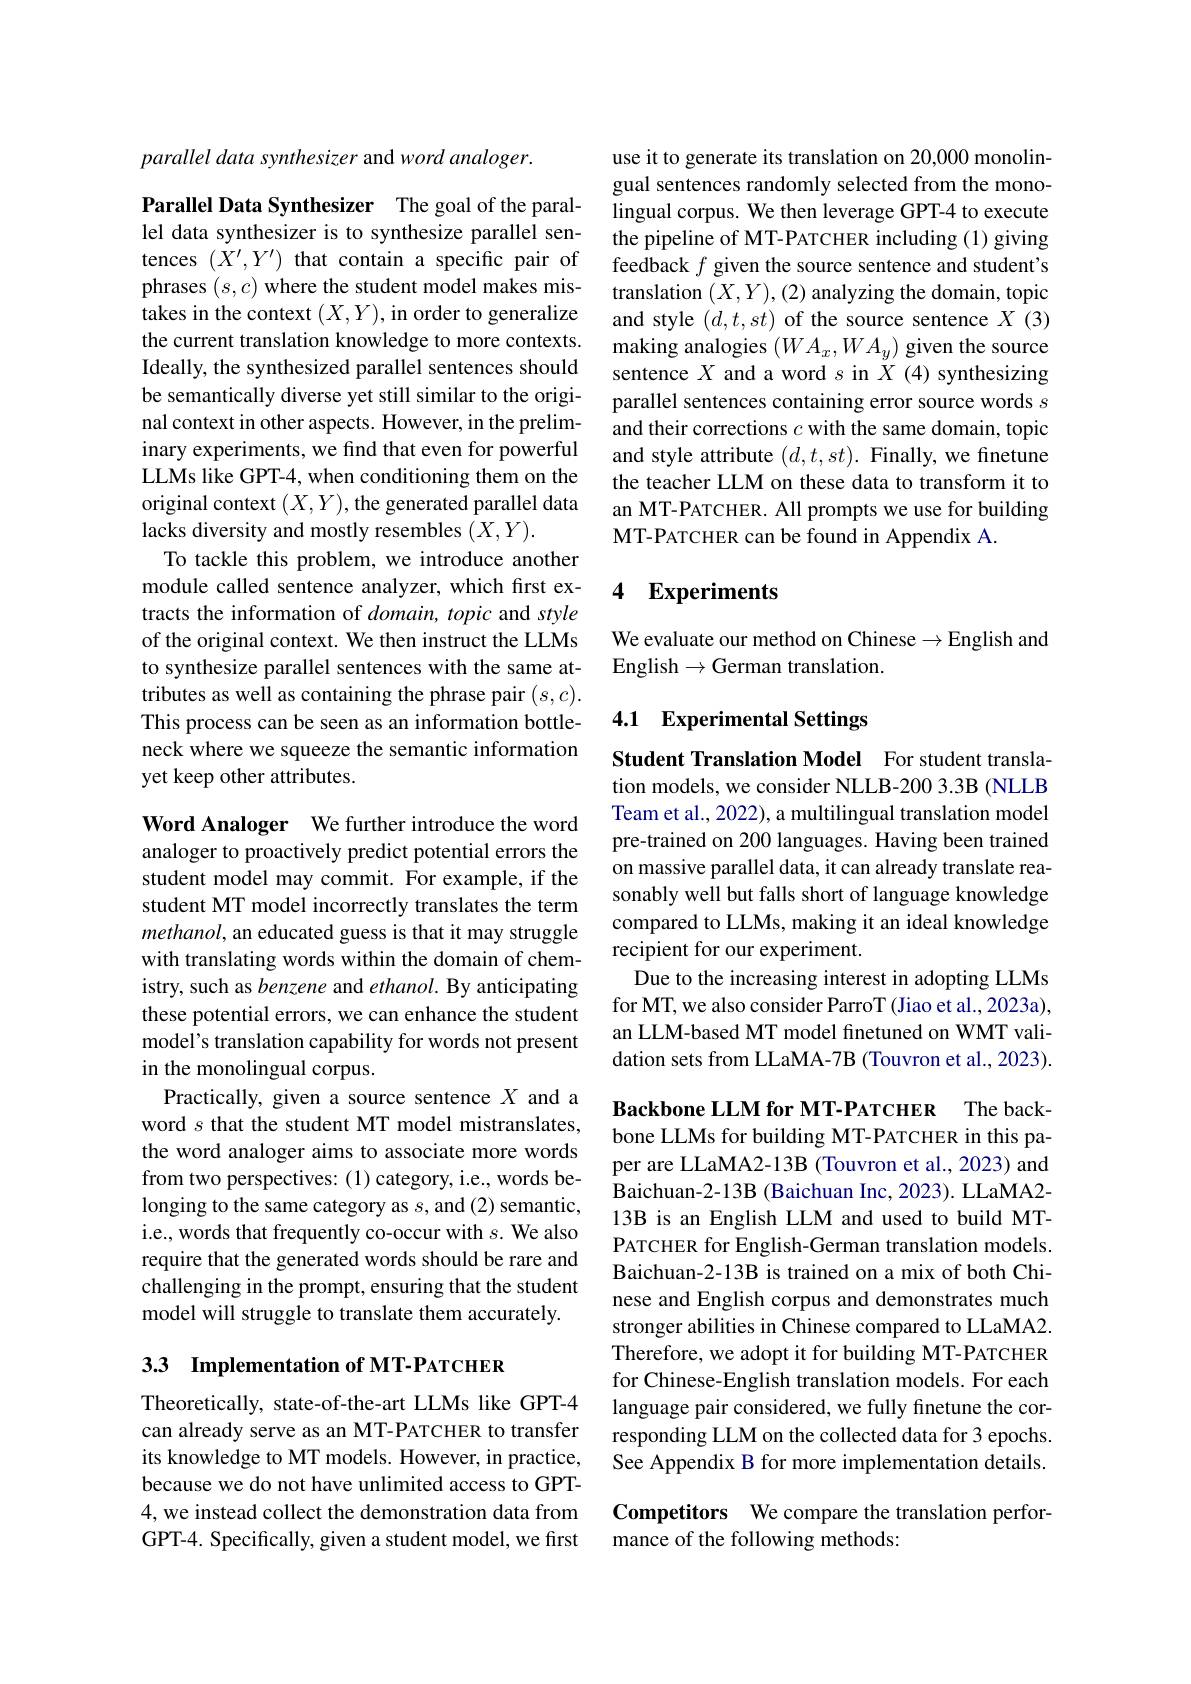
parallel data synthesizer and word analoger.

Parallel Data Synthesizer The goal of the parallel data synthesizer is to synthesize parallel sentences $(X^{\prime},Y^{\prime})$ that contain a specific pair of phrases $(s,c)$ where the student model makes mistakes in the context $(X,Y)$, in order to generalize the current translation knowledge to more contexts. Ideally, the synthesized parallel sentences should be semantically diverse yet still similar to the original context in other aspects. However, in the preliminary experiments, we find that even for powerful LLMs like GPT-4, when conditioning them on the original context $(X,Y)$,the generated parallel data lacks diversity and mostly resembles $(X,Y).$
To tackle this problem, we introduce another module called sentence analyzer, which first extracts the information of domain, topic and style of the original context. We then instruct the LLMs to synthesize parallel sentences with the same attributes as well as containing the phrase pair $(s,c).$ This process can be seen as an information bottleneck where we squeeze the semantic information yet keep other attributes.

Word Analoger We further introduce the word analoger to proactively predict potential errors the student model may commit. For example, if the student MT model incorrectly translates the term methanol, an educated guess is that it may struggle with translating words within the domain of chemistry, such as benzene and ethanol. By anticipating these potential errors, we can enhance the student model's translation capability for words not present in the monolingual corpus.
Practically, given a source sentence $X$ and a word $s$ that the student MT model mistranslates, the word analoger aims to associate more words from two perspectives: (1) category, i.e., words belonging to the same category as $s$,and (2) semantic, i.e., words that frequently co-occur with $s.$ We also require that the generated words should be rare and challenging in the prompt, ensuring that the student model will struggle to translate them accurately.

## 3.3 Implementation of MT-PATCHER

Theoretically, state-of-the-art LLMs like GPT-4 can already serve as an MT-PATCHER to transfer its knowledge to MT models. However, in practice, because we do not have unlimited access to GPT- 4, we instead collect the demonstration data from GPT-4. Specifically, given a student model, we first

use it to generate its translation on 20,000 monolingual sentences randomly selected from the monolingual corpus. We then leverage GPT-4 to execute the pipeline of MT-PATCHER including (1) giving feedback $f$ given the source sentence and student's translation $(X,Y),(2)$ analyzing the domain, topic and style $(d,t,st)$ of the source sentence $X$ (3) making analogies $(WA_x,WA_y)$ given the source sentence $X$ and a word $s$ in $X$ (4) synthesizing parallel sentences containing error source words $s$ and their corrections $c$ with the same domain, topic and style attribute $(d,t,st).$ Finally, we finetune the teacher LLM on these data to transform it to an MT-PATCHER. All prompts we use for building MT-PATCHER can be found in Appendix A.

## 4 Experiments

We evaluate our method on Chinese $\to$English and
English$\to$German translation.

## 4.1 Experimental Settings

Student Translation Model For student translation models, we consider NLLB-200 3.3B (NLLB Team et al., 2022), a multilingual translation model pre-trained on 200 languages. Having been trained on massive parallel data, it can already translate reasonably well but falls short of language knowledge compared to LLMs, making it an ideal knowledge recipient for our experiment.
Due to the increasing interest in adopting LLMs for MT, we also consider ParroT (Jiao et al., 2023a), an LLM-based MT model fnetuned on WMT validation sets from LLaMA-7B (Touvron et al., 2023).

Backbone LLM for MT-PATCHER The backbone LLMs for building MT-PATCHER in this paper are LLaMA2-13B (Touvron et al., 2023) and Baichuan-2-13B (Baichuan Inc, 2023). LLaMA2- 13B is an English LLM and used to build MTPATCHER for English-German translation models. Baichuan-2-13B is trained on a mix of both Chinese and English corpus and demonstrates much stronger abilities in Chinese compared to LLaMA2. Therefore, we adopt it for building MT-PATCHER for Chinese-English translation models. For each language pair considered, we fully finetune the corresponding LLM on the collected data for 3 epochs. See Appendix B for more implementation details.

# Competitors We compare the translation performance of the following methods: